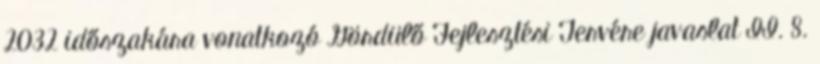
2032 időszakára vonatkozó Gördülő Fejlesztési Tervére javaslat II. 8.